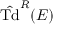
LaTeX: { \hat { \mathrm { T d } } } ^ { R } ( E )